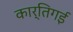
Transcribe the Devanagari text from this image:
कार्तिगई